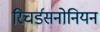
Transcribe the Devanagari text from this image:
रिचर्डसनोनियन